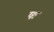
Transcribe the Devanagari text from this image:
षः